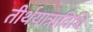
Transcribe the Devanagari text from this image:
तीर्थयात्राविधि